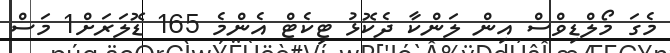
މެގަ މޯލްޑިވްސް އިން ލަންކާ ދެކޮޅު ޓިކެޓް އެންމެ 165 ޑޮލަރަށް1 މަސް